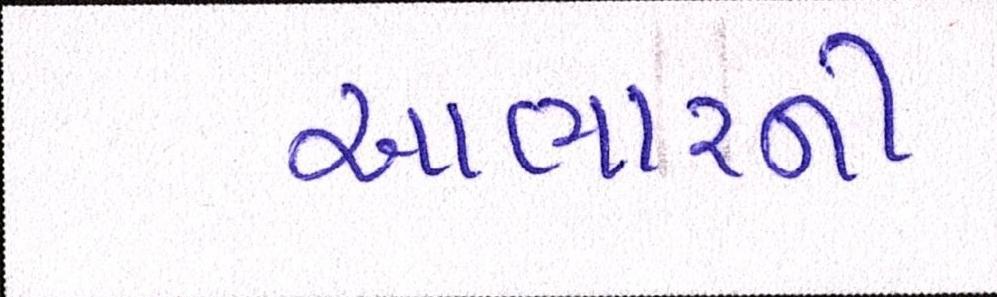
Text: આભારની